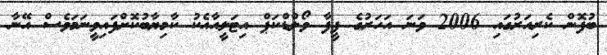
ބުފޮން ކެރިއަރުގައި 2006 ވަނަ އަހަރުގެ ފީފާ ވޯލްޑްކަޕް އިޓަލީއާއެކު ކާމިޔާބުކޮށްފައިވީނަމަވެސް އޭނާ